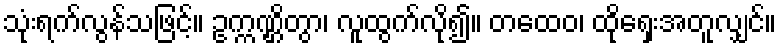
သုံးရက်လွန်သဖြင့်။ ဥက္ကဏ္ဌိတွာ၊ လူထွက်လို၍။ တထေဝ၊ ထိုရှေးအတူလျှင်။